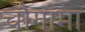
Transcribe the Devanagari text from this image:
चौगामा